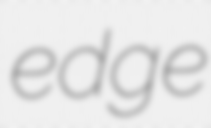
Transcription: edge